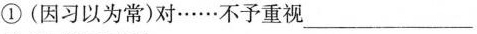
①(因习以为常)对……不予重视___